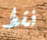
فقط